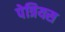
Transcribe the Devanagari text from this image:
पेत्रियस